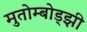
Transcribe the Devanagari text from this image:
मुतोम्बोड्झी